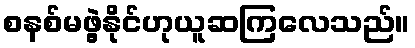
စနစ်မဖွဲ့နိုင်ဟုယူဆကြလေသည်။